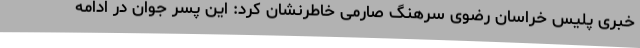
خبری پلیس خراسان رضوی سرهنگ صارمی خاطرنشان کرد: این پسر جوان در ادامه